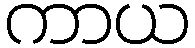
ကာယ